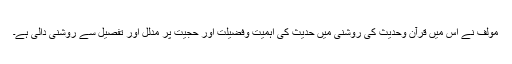
مولف نے اس میں قرآن وحدیث کی روشنی میں حدیث کی اہمیت وفضیلت اور حجیت پر مدلل اور تفصیل سے روشنی دالی ہے۔